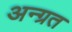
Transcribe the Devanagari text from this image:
अन्ग्रत